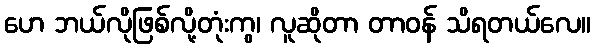
ဟေ ဘယ်လိုဖြစ်လို့တုံးကွ၊ လူဆိုတာ တာဝန် သိရတယ်လေ။